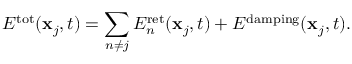
E ^ { \mathrm { t o t } } ( \mathbf { x } _ { j } , t ) = \sum _ { n \neq j } E _ { n } ^ { \mathrm { r e t } } ( \mathbf { x } _ { j } , t ) + E ^ { \mathrm { d a m p i n g } } ( \mathbf { x } _ { j } , t ) .